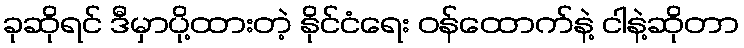
ခုဆိုရင် ဒီမှာပို့ထားတဲ့ နိုင်ငံရေး ဝန်ထောက်နဲ့ ငါနဲ့ဆိုတာ